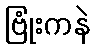
ဗြုံးကနဲ